Annual statistical returns and brief notes on vaccination in Bengal - 1887-1898
Year: 1887
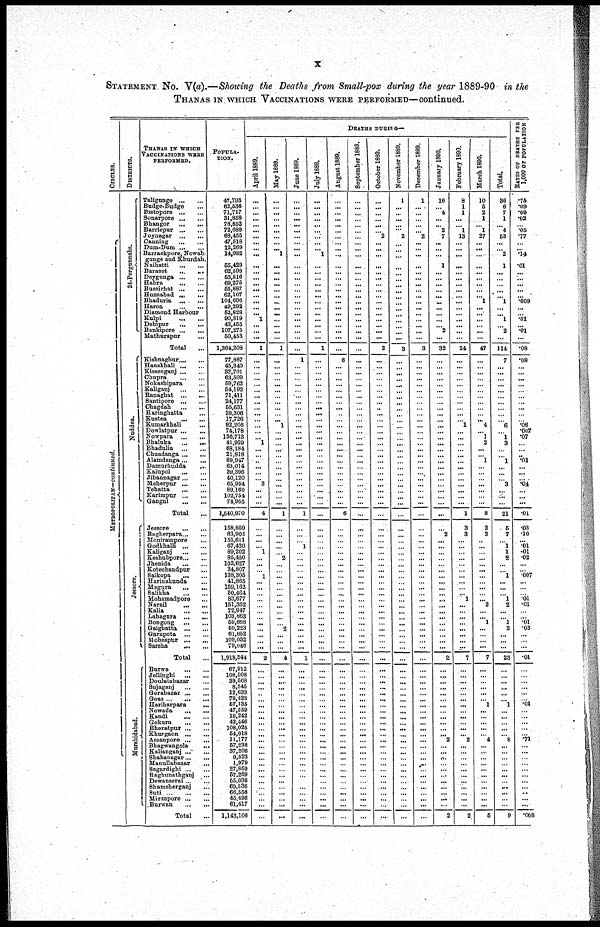
x
STATEMENT No. V(a).—Showing the Deaths from Small-pox during the year 1889-90 in the
THANAS IN WHICH VACCINATIONS WERE PERFORMED—continued.
CIRCLES.
MRTROPOLITAN—continued.
DISTRICTS.
24-Pergunnahs.
Nuddea.
J es s or e.
Murshidabad.
.
THANAS IN WHICH
VACCINATIONS WERE
PERFORMED.
Taligunge...
...
Budge-Budge... ...
Bistopore...
...
Sunarpore...
...
Bhangor...
...
Barriepur...
...
Joynagar...
...
Canning...
...
Dum-Dum...
...
Barrackpore, Nowab
gunge and Khurdah.
Naihatti...
...
Baraset...
...
Deygunga...
...
Habra...
...
Bussirhat...
...
Husnabad
Bhaduria...
...
Haroa...
...
Diamond Harbour
Kulpi...
...
Debipur...
...
Bankipore...
...
Mathurapur...
...
Total...
Kishnaghur...
...
Hanskhali...
...
Kissenganj...
...
Chupra...
...
Nokashipara... ...
Kaliganj... ...
Banaghat...
...
Santipore... ...
Chagdah...
...
Haringhatta... ...
Kustea...
...
Kumarkhali...
...
Dowlatpur... ...
Nowpara...
...
Bhaluka...
...
Bhadulia...
...
Chuadanga...
...
Alamdanga...
...
Damurhudda... ...
Kalupol...
...
Jibannagar...
...
Meherpur...
...
Tehatta... ...
Karimpur...
...
Gangni...
...
Total...
Jessore...
...
Bagberpara...
...
Monirampore... ...
Godkhalli...
...
Kaliganj...
...
Keshubpore...
...
Jhenida...
...
Kotechandpur... ...
Saikopa...
...
Harinakunda... ...
Magura...
...
Salikha...
...
Mohamadpore... ...
Narail...
...
Kalia...
...
Lahagura...
...
Bongong...
...
Gaighatta...
...
Garapota...
...
Mohespur...
...
Sarsha...
...
Total ... ...
Burwa...
...
Jellinghi...
...
Doulatabazar... ...
Sujaganj... ...
Gorabazar... ...
Goas...
...
Hariharpara... ...
Nowada...
...
Kandi...
...
Gokurn...
...
Bharatpur...
...
Khurgaon...
...
Assanpore...
...
Bhagwangola...
Kalianganj...
...
Shahanagar...
...
Manullabazar... ...
Sagardighi...
...
Raghunathganj... ...
Dewanserai... ...
Shamsherganj... ...
Suti... ...
Mirzapore...
...
Burwan...
...
Total... ...
POPULA-
TION.
47,793
62,536
71,717
31,868
78,852
72,088
68,455
47,518
12,269
14,082
55,429
62,598
53,516
69,275
55,887
62,107
104,606
49,292
52,828
90,319
43,455
107,275
50,453
1,364,208
77,887
45,340
32,701
63,509
59,762
54,192
71,411
24,177
55,631
38,306
17,726
92,206
74,178
136,713
41,929
68,184
21,818
89,947
63,014
39,396
40,120
65,954
89,160
102,754
74,955
1,540,970
158,859
63,902
155,611
67,420
89,202
85,450
102,627
34,807
138,305
41,865
159,162
60,464
88,677
151,362
72,947
103,863
59,668
50,223
61,052
109,032
79,046
1,918,544
67,912
108,508
39,568
8,345
12,633
78,423
57,135
47,559
18,242
42,446
108,025
54,018
11,177
57,238
37,206
9,523
1,979
27,859
57,269
55,036
69,536
66,556
45,496
61,417
1,143,106
DEATHS DURING—
April 1889.
...
...
...
...
...
...
...
...
...
...
...
...
...
...
...
...
...
...
... 1
...
...
...
1
...
...
...
...
...
...
...
...
...
...
... ...
...
... 1
...
...
...
...
...
... 3
...
...
...
4
...
...
...
... 1
...
...
... 1
...
...
... ...
... ...
...
...
...
... ...
...
2
...
...
... ...
...
...
... ...
...
...
... ...
...
...
...
...
...
...
...
... ...
...
... ...
...
May 1889.
...
...
...
...
...
...
...
...
... 1
...
...
...
...
...
...
...
...
...
...
...
...
...
1
...
...
...
...
...
...
...
...
...
...
... 1
...
...
...
...
...
...
...
...
...
...
...
...
...
1
...
...
...
...
... 2
...
...
...
...
...
... ...
... ...
...
... 2
...
...
...
4
...
...
... ...
...
...
... ...
...
...
...
...
...
... ...
...
... ...
...
... ...
...
...
...
...
June 1889.
...
...
...
...
...
...
...
...
...
...
...
...
...
...
...
...
...
...
...
...
...
...
...
...
1
...
...
...
...
...
...
...
...
...
... ...
...
...
...
...
...
...
...
...
...
...
...
... ...
1
...
...
... 1
...
...
...
...
...
...
... ...
...
... ...
...
... ...
... ...
...
1
...
...
... ...
...
...
... ...
...
...
...
...
...
... ...
...
...
...
...
... ...
... ...
...
...
July 1889.
...
...
...
...
...
...
...
...
1
...
...
...
...
...
...
...
...
...
...
...
...
...
1
...
...
...
...
...
...
...
...
...
...
... ...
...
...
...
...
...
...
...
...
...
...
...
...
...
...
...
...
...
...
...
...
...
...
...
...
...
... ...
... ...
...
...
...
...
...
...
...
...
...
... ... ...
...
... ...
...
...
...
...
...
...
...
...
...
...
...
...
... ...
... ...
...
August 1889.
...
...
...
...
...
...
...
...
...
...
...
...
...
...
...
...
...
...
...
...
...
...
...
...
6
...
...
...
...
...
...
...
...
...
... ...
...
...
...
...
...
...
...
...
...
...
...
...
...
6
...
...
...
... ...
...
...
...
...
...
... ...
...
... ...
...
... ...
... ...
...
...
...
...
... ...
...
...
... ...
...
...
... ...
...
...
...
...
...
...
...
... ...
...
...
...
...
September 1889.
...
...
...
...
...
...
...
...
...
...
...
...
...
...
...
...
...
...
...
...
...
...
...
...
...
...
...
...
...
...
...
...
...
...
... ...
...
...
...
...
...
...
...
...
...
...
...
...
...
...
...
...
...
...
...
...
... ...
...
... ...
...
...
...
... ...
...
...
... ...
...
...
...
...
...
...
...
...
... ...
...
...
...
...
...
...
...
...
...
...
...
... ...
...
...
...
...
October 1889.
...
...
...
...
... ... 2
...
...
...
...
...
...
...
...
...
...
...
...
...
...
...
...
2
...
...
...
...
...
...
...
...
...
...
... ...
...
...
...
...
...
...
...
...
...
...
...
...
...
...
...
...
...
... ...
...
...
...
...
... ...
...
... ...
... ...
...
... ...
...
...
...
...
...
... ...
...
...
... ...
...
...
...
...
...
...
...
...
...
...
...
... ...
...
... ...
...
November 1889.
1
...
...
...
...
... 2
...
...
...
...
...
...
...
...
...
...
...
...
...
...
...
...
3
...
...
...
...
...
...
...
...
...
...
... ...
...
...
...
...
...
...
...
...
...
...
...
...
...
...
...
...
...
...
...
...
...
...
...
...
...
...
...
... ...
...
...
...
...
...
...
...
...
...
... ...
...
...
... ...
...
... ...
...
...
... ...
... ...
...
...
... ...
...
... ...
...
December 1889.
1
...
...
...
...
... 2
...
...
...
...
...
...
...
...
...
...
...
...
...
...
...
...
3
...
...
...
...
...
...
...
...
...
...
... ...
...
...
...
...
...
...
...
... ...
...
...
...
...
...
...
...
...
... ...
...
...
...
...
... ...
...
...
...
... ...
... ...
... ...
...
...
...
...
... ...
...
...
... ...
...
...
...
...
...
...
...
...
...
...
...
... ...
...
... ...
...
January 1890.
16
... 4
...
... 2
7
...
...
...
1
...
...
...
...
...
...
...
...
...
... 2
...
32
...
...
...
...
...
...
...
...
...
...
... ...
...
...
...
...
...
...
...
...
...
...
...
...
...
...
...
2
...
...
...
...
...
...
...
...
... ...
...
... ... ...
... ...
... ...
...
2
...
...
... ...
...
...
... ...
...
...
...
... 2
...
...
...
...
...
...
... ...
...
... ...
2
February 1890.
8
1
1
...
... 1
13
...
...
...
...
...
...
...
...
...
...
...
...
...
...
...
...
24
...
...
...
...
...
...
...
...
...
...
... 1
...
...
...
...
...
...
...
...
...
...
...
...
...
1
3
3
...
...
...
...
...
...
...
...
... ... 1
...
... ...
...
... ...
...
...
7
...
...
... ...
...
...
... ...
...
...
...
... 2
...
...
...
...
...
...
... ...
...
...
...
2
March 1890.
10
6
2
1
... 1
27
...
...
...
...
...
...
...
...
... 1
...
...
...
...
...
...
47
...
...
...
...
...
...
...
...
...
...
... 4
... 1
2
...
... 1
...
...
...
...
...
...
...
8
2
2
...
...
...
...
... ...
...
... ...
... ... 2
...
... 1
...
...
...
...
7
...
...
...
...
...
... 1
...
...
...
...
... 4
...
...
...
...
...
...
... ...
...
...
...
6
Total.
36
6
7
1
... 4
53
...
... 2
1
...
...
...
...
... 1
...
... 1
... 2
...
114
7
...
...
...
...
...
...
...
...
...
... ...
... 1
3
...
... 1
...
...
... 3
...
...
...
21
5
7
1
... 1
2
...
... 1
... ...
... ... 2
...
... 1
2
... ...
...
23
...
...
... ...
...
... 1
...
...
... ...
... 8
...
...
...
...
...
...
... ...
...
...
...
9
RATIO OF DEATHS PER
1,000 OF POPULATION
.75
.09
.09
.02
... .05
.77
...
... .14
.01
...
...
...
...
... .009
...
...
.01
... .01
...
.08
.08
...
...
...
...
...
...
...
...
...
... .06
.007
.07
...
...
... .01
...
...
. .04
...
...
...
.01
.03
.10
... ...
.01
.02
...
... .007
... ...
... .01 .01
... ...
.01
.03
...
...
...
.01
...
... ...
... ...
... .01 ...
...
...
...
... .71
... ...
...
...
...
... ... ...
...
... ...
.008